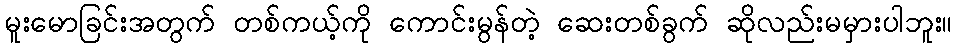
မူးမောခြင်းအတွက် တစ်ကယ့်ကို ကောင်းမွန်တဲ့ ဆေးတစ်ခွက် ဆိုလည်းမမှားပါဘူး။